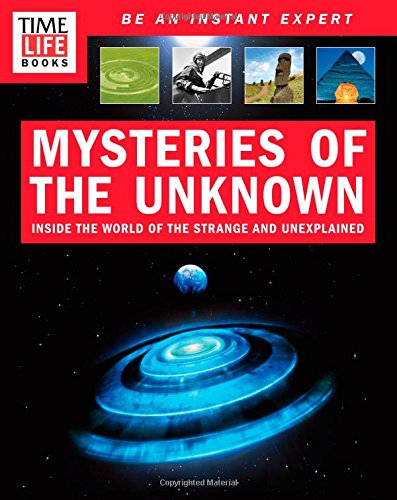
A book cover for TIME-LIFE Mysteries of the Unknown: Inside the World of the Strange and Unexplained; TIME-LIFE Books; Religion & Spirituality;